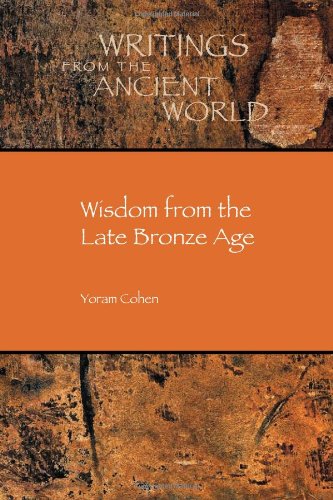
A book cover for Wisdom from the Late Bronze Age (Writings from the Ancient World) (Society of Biblical Literature/Writings from the Ancient Wor); Yoram Cohen; Christian Books & Bibles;